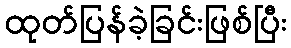
ထုတ်ပြန်ခဲ့ခြင်းဖြစ်ပြီး